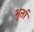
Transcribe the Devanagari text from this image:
भुर्ता